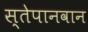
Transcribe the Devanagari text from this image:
स्तेपानवान